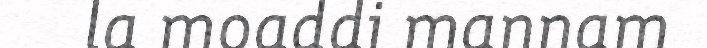
la moaddi mannam